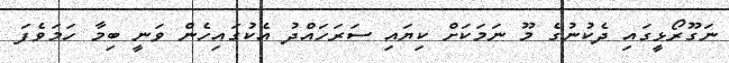
ނަގޫރޯޅީގައި ދެކުނުގެ މޫ ނަމަކަށް ކިޔައި ސަރަހައްދު އެކުގައިހެން ވަނީ ބިމާ ހަމަވެފަ